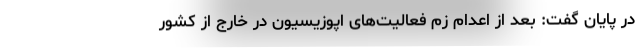
در پایان گفت: بعد از اعدام زم فعالیت‌های اپوزیسیون در خارج از کشور